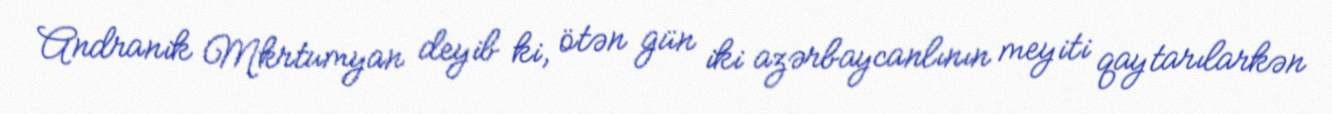
Andranik Mkrtumyan deyib ki, ötən gün iki azərbaycanlının meyiti qaytarılarkən